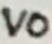
Text: VO